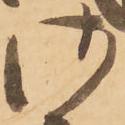
御